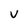
Character: v